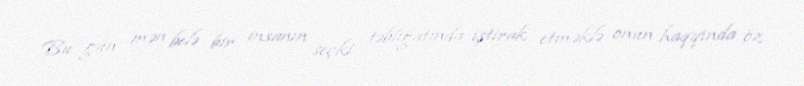
Bu gün mən belə bir insanın seçki təbliğatında iştirak etməklə onun haqqında öz